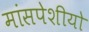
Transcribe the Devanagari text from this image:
मांसपेशीयो